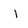
Character: l